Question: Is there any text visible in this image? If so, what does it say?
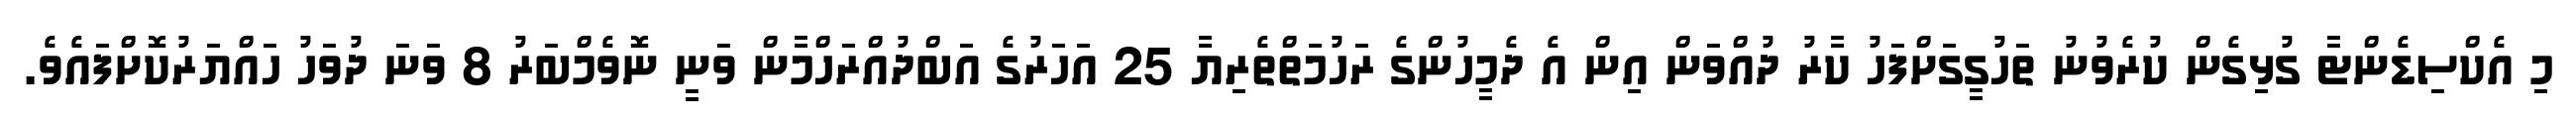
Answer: މި އެކްސިޑެންޓާ ގުޅިގެން ކުރެވުނު ތަހުގީގަށްފަހު ކާރު ދުއްވަން އިން އެ ދެމީހުންގެ ރަހުމަތްތެރިޔާ 25 އަހަރުގެ އަބްދުއްރަހްމާން ވަނީ ނޮވެމްބަރު 8 ވަނަ ދުވަހު ހައްޔަރުކޮށްފައެވެ.